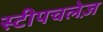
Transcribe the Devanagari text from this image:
स्टीपचलेज़